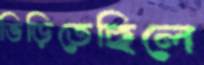
ভিড়িতেছিলে